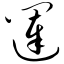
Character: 闼